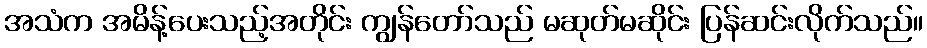
အသံက အမိန့်ပေးသည့်အတိုင်း ကျွန်တော်သည် မဆုတ်မဆိုင်း ပြန်ဆင်းလိုက်သည်။